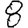
Digit: 8